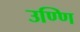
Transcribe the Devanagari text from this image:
उण्णि